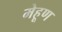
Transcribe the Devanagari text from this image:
मेहूण